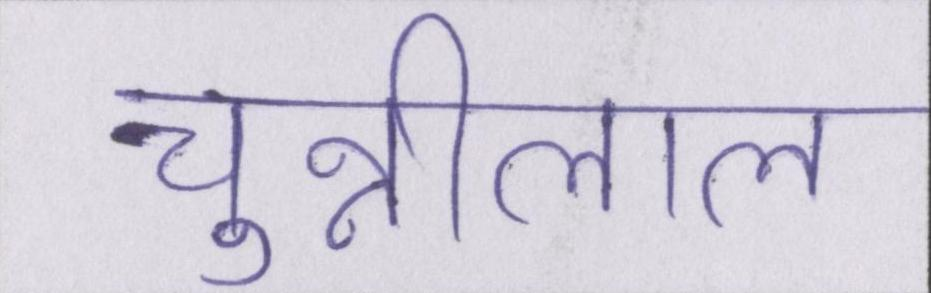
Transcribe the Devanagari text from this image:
चुन्नीलाल